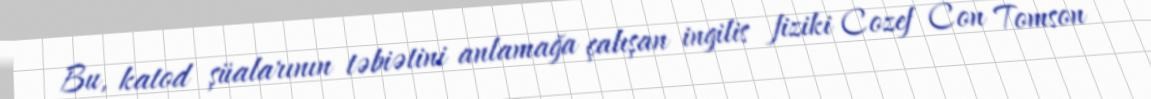
Bu, katod şüalarının təbiətini anlamağa çalışan ingilis fiziki Cozef Con Tomson